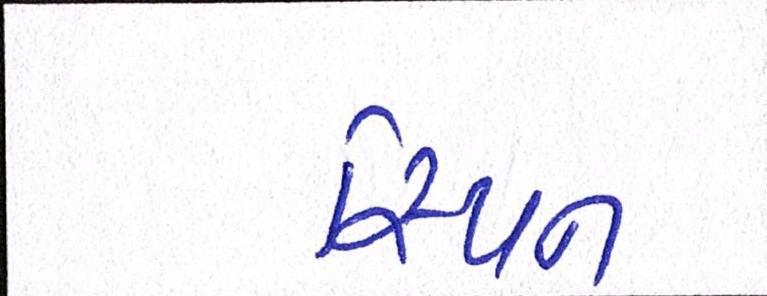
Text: સ્પિન